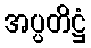
အပ္ပတိဋ္ဌံ